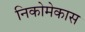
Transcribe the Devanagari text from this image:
निकोमेकास